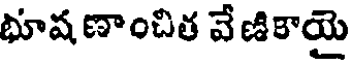
భూష ణాంచిత వేణికాయై